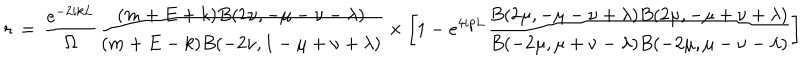
LaTeX: r \, = \, \frac { e ^ { - 2 i k L } } { \Omega } \frac { ( m + E + k ) B ( 2 \nu , - \mu - \nu - \lambda ) } { ( m + E - k ) B ( - 2 \nu , 1 - \mu + \nu + \lambda ) } \times \left[ 1 - e ^ { 4 i p L } \frac { B ( 2 \mu , - \mu - \nu + \lambda ) B ( 2 \mu , - \mu + \nu + \lambda ) } { B ( - 2 \mu , \mu + \nu - \lambda ) B ( - 2 \mu , \mu - \nu - \lambda ) } \right]